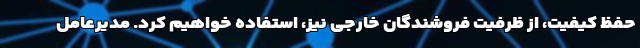
حفظ کیفیت، از ظرفیت فروشندگان خارجی نیز، استفاده خواهیم کرد. مدیرعامل